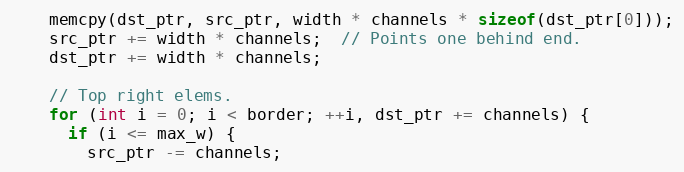
Language: C
    memcpy(dst_ptr, src_ptr, width * channels * sizeof(dst_ptr[0]));
    src_ptr += width * channels;  // Points one behind end.
    dst_ptr += width * channels;

    // Top right elems.
    for (int i = 0; i < border; ++i, dst_ptr += channels) {
      if (i <= max_w) {
        src_ptr -= channels;